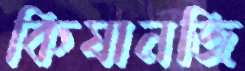
কিষানজি